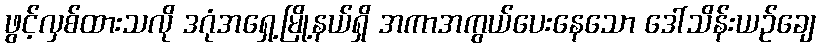
ဖွင့်လှစ်ထားသလို ဒဂုံအရှေ့မြို့နယ်ရှိ အကာအကွယ်ပေးနေသော ဒေါ်သိန်းယဉ်ချေ